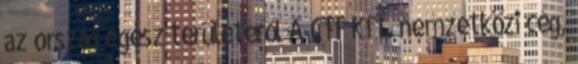
az ország egész területéről A CTF Kft. nemzetközi cég,